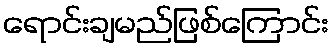
ရောင်းချမည်ဖြစ်ကြောင်း